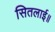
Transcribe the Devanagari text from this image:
सितलाई॥